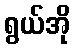
ရွယ်အို